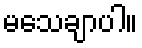
မသေချာပါ။